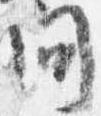
問